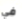
في